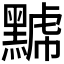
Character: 𪑷